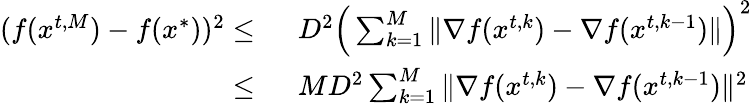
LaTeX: \begin{array}{rl}{(f({x}^{t,M})-f({x}^{*}))^{2}\le\ }&{D^{2}\Big(\sum_{k=1}^{M}\| \nabla f({x}^{t,k})-\nabla f({x}^{t,k-1})\| \Big)^{2}}\\ {\le\ }&{MD^{2}\sum_{k=1}^{M}\| \nabla f({x}^{t,k})-\nabla f({x}^{t,k-1})\| ^{2}}\end{array}